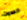
الحدوث